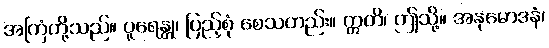
အကြံတို့သည်။ ပူရေန္တု၊ ပြည့်စုံ စေသတည်း။ ဣတိ၊ ဤသို့။ အနုမောဒနံ၊